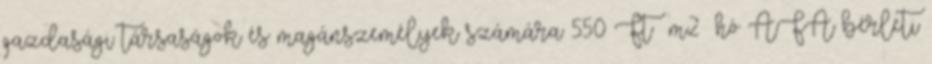
gazdasági társaságok és magánszemélyek számára 550 Ft m2 hó ÁFA bérleti